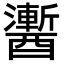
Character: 䤔